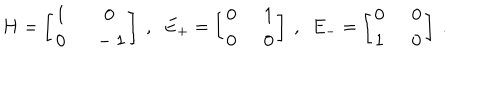
LaTeX: H = \left[ \begin{array} { c c } { { 1 \ } } & { { \ 0 } } \\ { { 0 \ } } & { { \ - 1 } } \\ \end{array} \right] \ , \ \ E _ { + } = \left[ \begin{array} { c c } { { 0 \ } } & { { \ 1 } } \\ { { 0 \ } } & { { \ 0 } } \\ \end{array} \right] \ , \ \ E _ { - } = \left[ \begin{array} { c c } { { 0 \ } } & { { \ 0 } } \\ { { 1 \ } } & { { \ 0 } } \\ \end{array} \right] \ .